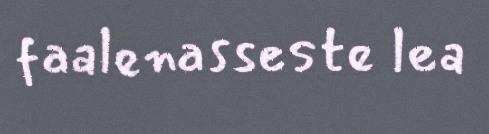
faalenasseste lea